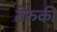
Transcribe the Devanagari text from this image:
तेरुकी